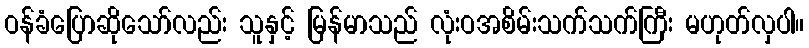
ဝန်ခံပြောဆိုသော်လည်း သူနှင့် မြန်မာသည် လုံးဝအစိမ်းသက်သက်ကြီး မဟုတ်လှပါ။